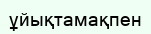
ұйықтамақпен